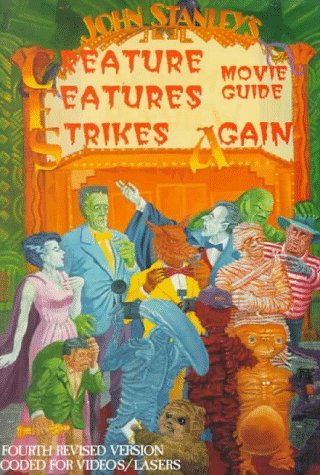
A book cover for John Stanley's Creature Features Strikes Again Movie Guide; John Stanley; Humor & Entertainment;